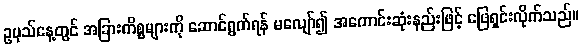
ဥပုသ်နေ့တွင် အခြားကိစ္စများကို ဆောင်ရွက်ရန် မလျော်၍ အကောင်းဆုံးနည်းဖြင့် ဖြေရှင်းလိုက်သည်။